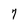
Character: 7